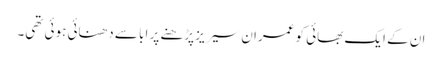
ان کے ایک بھائی کو عمران سیریز پڑھنے پر ابا سے دھنائی ہوئی تھی۔